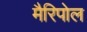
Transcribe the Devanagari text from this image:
मैरिपोल